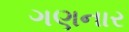
ગણનાર